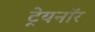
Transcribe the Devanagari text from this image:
ट्रेयनॉर